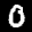
Label: 0